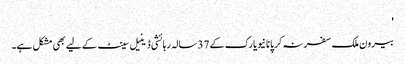
'
بیرون ملک سفر نہ کر پانا نیویارک کے 37 سالہ رہائشی ڈینیل سینٹ کے لیے بھی مشکل ہے۔